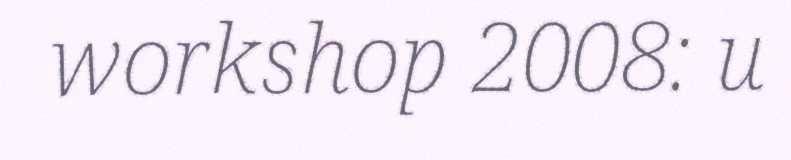
workshop 2008: u